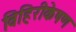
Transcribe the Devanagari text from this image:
विहिरीकेषण